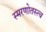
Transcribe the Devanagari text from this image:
स्मरणोतस्त्व